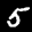
Label: 5